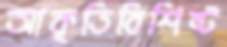
আকৃতিবিশিষ্ট